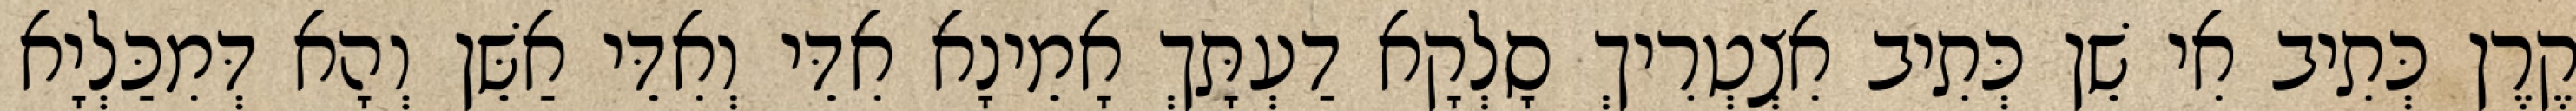
קֶרֶן כְּתִיב אִי שֵׁן כְּתִיב אִצְטְרִיךְ סָלְקָא דַעְתָּךְ אָמֵינָא אִדֵּי וְאִדֵּי אַשֵּׁן וְהָא דְּמִכַּלְיָא